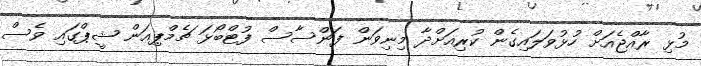
މުޅި ރާއްޖެއަށް ހުޅުވަލައިގެން ކުރިއަށްދާ މިނިވަން ފަންސާސް ފުޓްބޯޅަ ޗެމްޕިއަން ޝީޕްގައި ވެސް